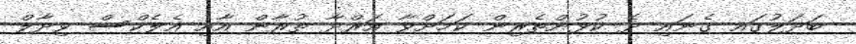
ބަދަލުގައ ގެނައި ދެ ކުޅުންތެރިން ކަމަށްވާ އަރްދާ ތުރާން އާއި އެލެކްސް ވިދާލް